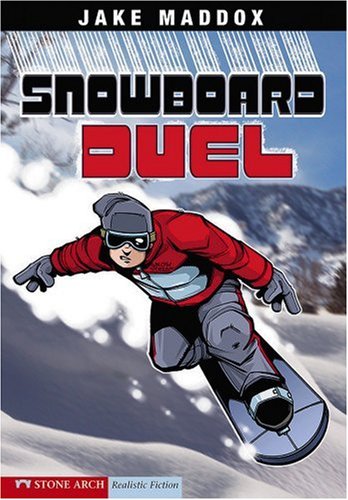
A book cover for Snowboard Duel (Jake Maddox Sports Stories); Jake Maddox; Children's Books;